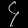
Digit: ၄